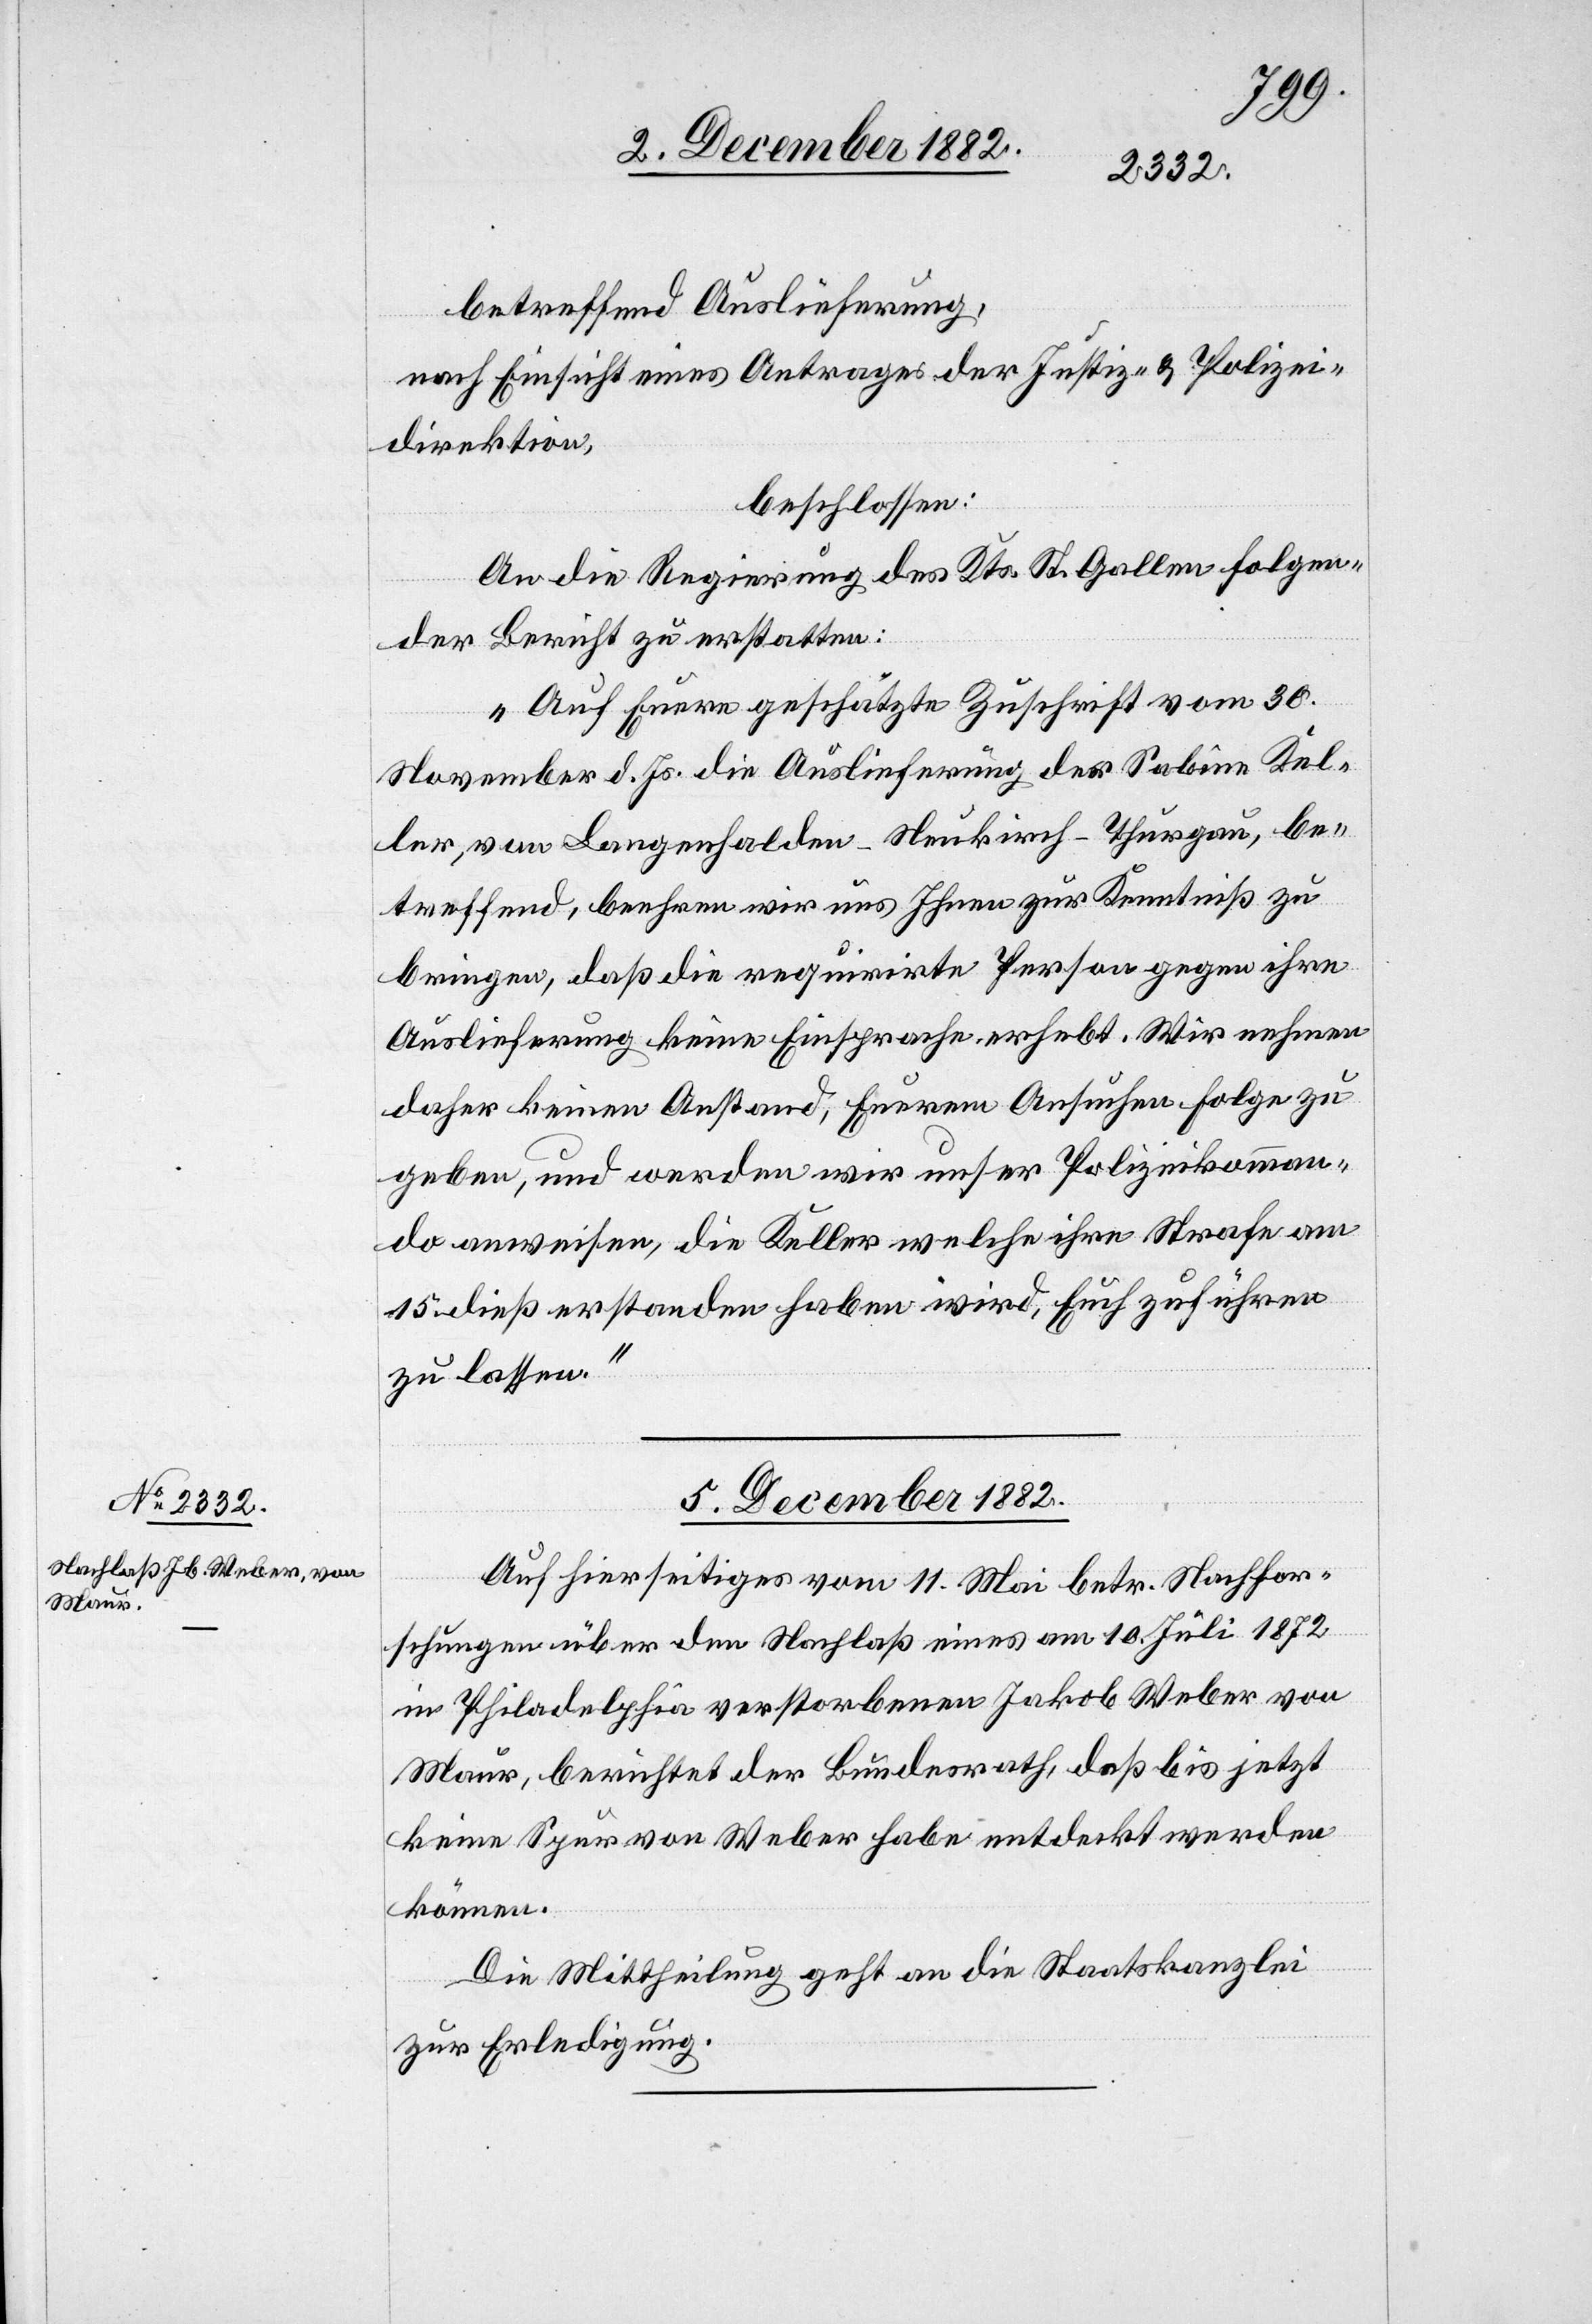
betreffend Auslieferung,
nach Einsicht eines Antrages der Justiz- & Polizei¬
direktion,
beschlossen:
An die Regierung des Kts. St. Gallen [ist] folgen¬
der Bericht zu erstatten:
„Auf Euere geschätzte Zuschrift vom 30.
November d. Js. die Auslieferung der Sabine Kel¬
ler, von Langenhalden - Neukirch - Thurgau, be¬
treffend, beehren wir uns Ihnen zur Kenntniß zu
bringen, daß die requirirte Person gegen ihre
Auslieferung keine Einsprache erhebt. Wir nehmen
daher keinen Anstand, Euerem Ansuchen Folge zu
geben und werden wir unser Polizeikomman¬
do anweisen, die Keller welche ihre Strafe am
15. dieß erstanden haben wird, Euch zuführen
zu lassen.“
5. December 1882.
Auf hierseitiges vom 11. Mai betr. Nachfor¬
schungen über den Nachlaß eines am 10. Juli 1872
in Philadelphia verstorbenen Jakob Weber von
Maur, berichtet der Bundesrath, daß bis jetzt
keine Spur von Weber habe entdeckt werden
können.
Die Mittheilung geht an die Staatskanzlei
zur Erledigung.